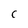
Character: c